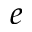
^ e